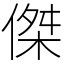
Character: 傑